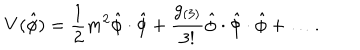
\mathbf { V } ( \hat { \phi } ) = \frac { 1 } { 2 } m ^ { 2 } \hat { \phi } \cdot \hat { \phi } + \frac { g _ { ( 3 ) } } { 3 ! } \hat { \phi } \cdot \hat { \phi } \cdot \hat { \phi } + \dots .